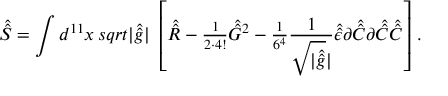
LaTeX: \hat { \hat { S } } = \int d ^ { 1 1 } x \, s q r t { | \hat { \hat { g } } | } \ \left[ \hat { \hat { R } } - { \textstyle \frac { 1 } { 2 \cdot 4 ! } } \hat { \hat { G } } { } ^ { 2 } - { \textstyle \frac { 1 } { 6 ^ { 4 } } } \frac { 1 } { \sqrt { | \hat { \hat { g } } } | } \hat { \hat { \epsilon } } \partial \hat { \hat { C } } \partial \hat { \hat { C } } \hat { \hat { C } } \right] \, .